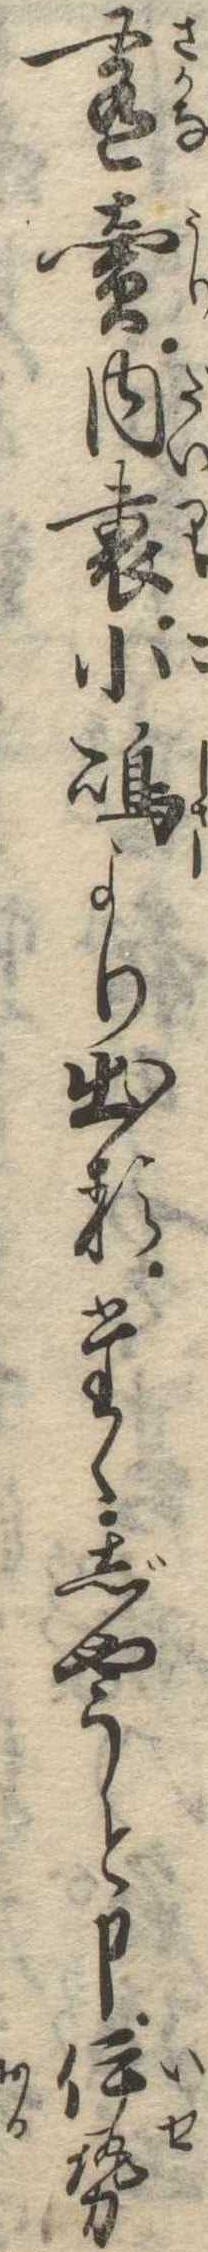
肴売内裏小島より出るたゝじやうと申伊勢